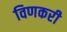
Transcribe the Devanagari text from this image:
विणकरी